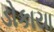
ડોકાયા